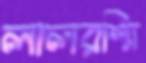
লালরশ্মি